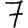
Digit: 7